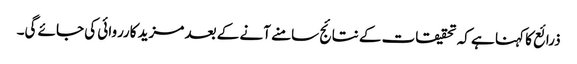
ذرائع کا کہنا ہے کہ تحقیقات کے نتائج سامنے آنے کے بعد مزید کارروائی کی جائے گی۔